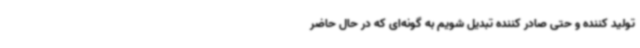
تولید کننده و حتی صادر کننده تبدیل شویم به گونه‌ای که در حال حاضر